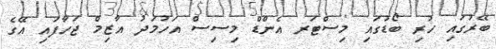
ބޭރުގައި ހުރި ބޯޑުގައި މިސްޓަރ އެންޑް މިސިސް އަހުމަދު އާޒިމް ޖަހާފައި އޭގެ